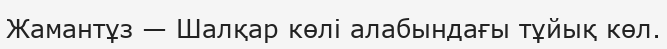
Жамантұз — Шалқар көлі алабындағы тұйық көл.